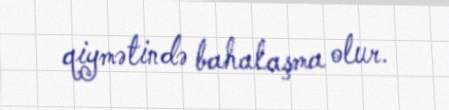
qiymətində bahalaşma olur.